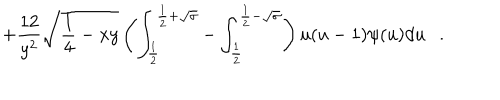
+ { \frac { 1 2 } { y ^ { 2 } } } \sqrt { { \frac { 1 } { 4 } } - x y } \left( \int _ { \frac 1 2 } ^ { \frac 1 2 + \sqrt { \sigma } } - \int _ { \frac 1 2 } ^ { \frac 1 2 - \sqrt { \sigma } } \right) u ( u - 1 ) \psi ( u ) d u .